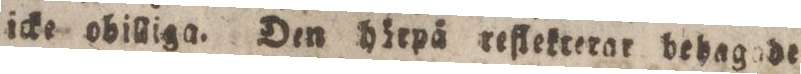
icke obilliga. Den härpä reflekterar behagade